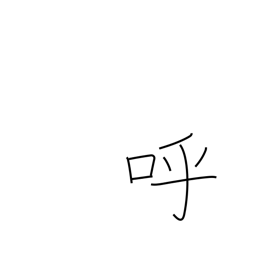
Meaning: invite